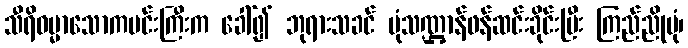
သီရိဓမ္မာသောကမင်းကြီးက ခေါ်၍ ဘုရားသခင် ပုံသဏ္ဌာန်ဖန်ဆင်းခိုင်းပြီး ကြည်ညိုပုံ၊